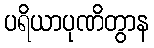
ပရိယာပုဏိတွာန